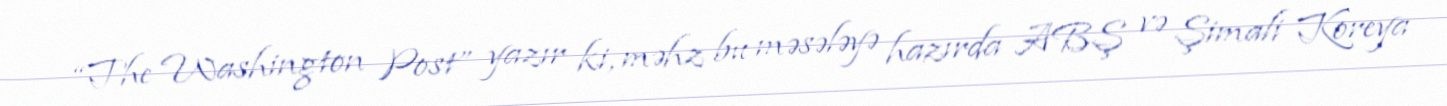
“The Washington Post” yazır ki, məhz bu məsələyə hazırda ABŞ və Şimali Koreya